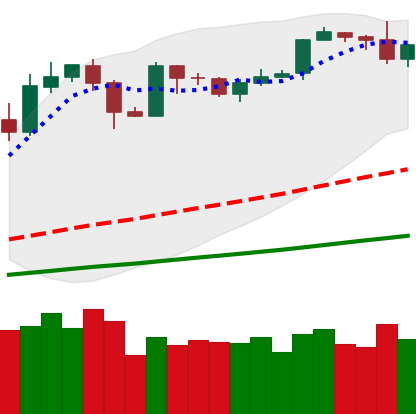
Ticker: BTC-USD
Chart end date: 2019-05-31
Forward return: -8.75%
Label: down_7plus